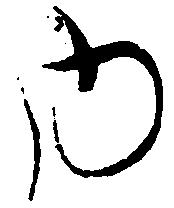
内